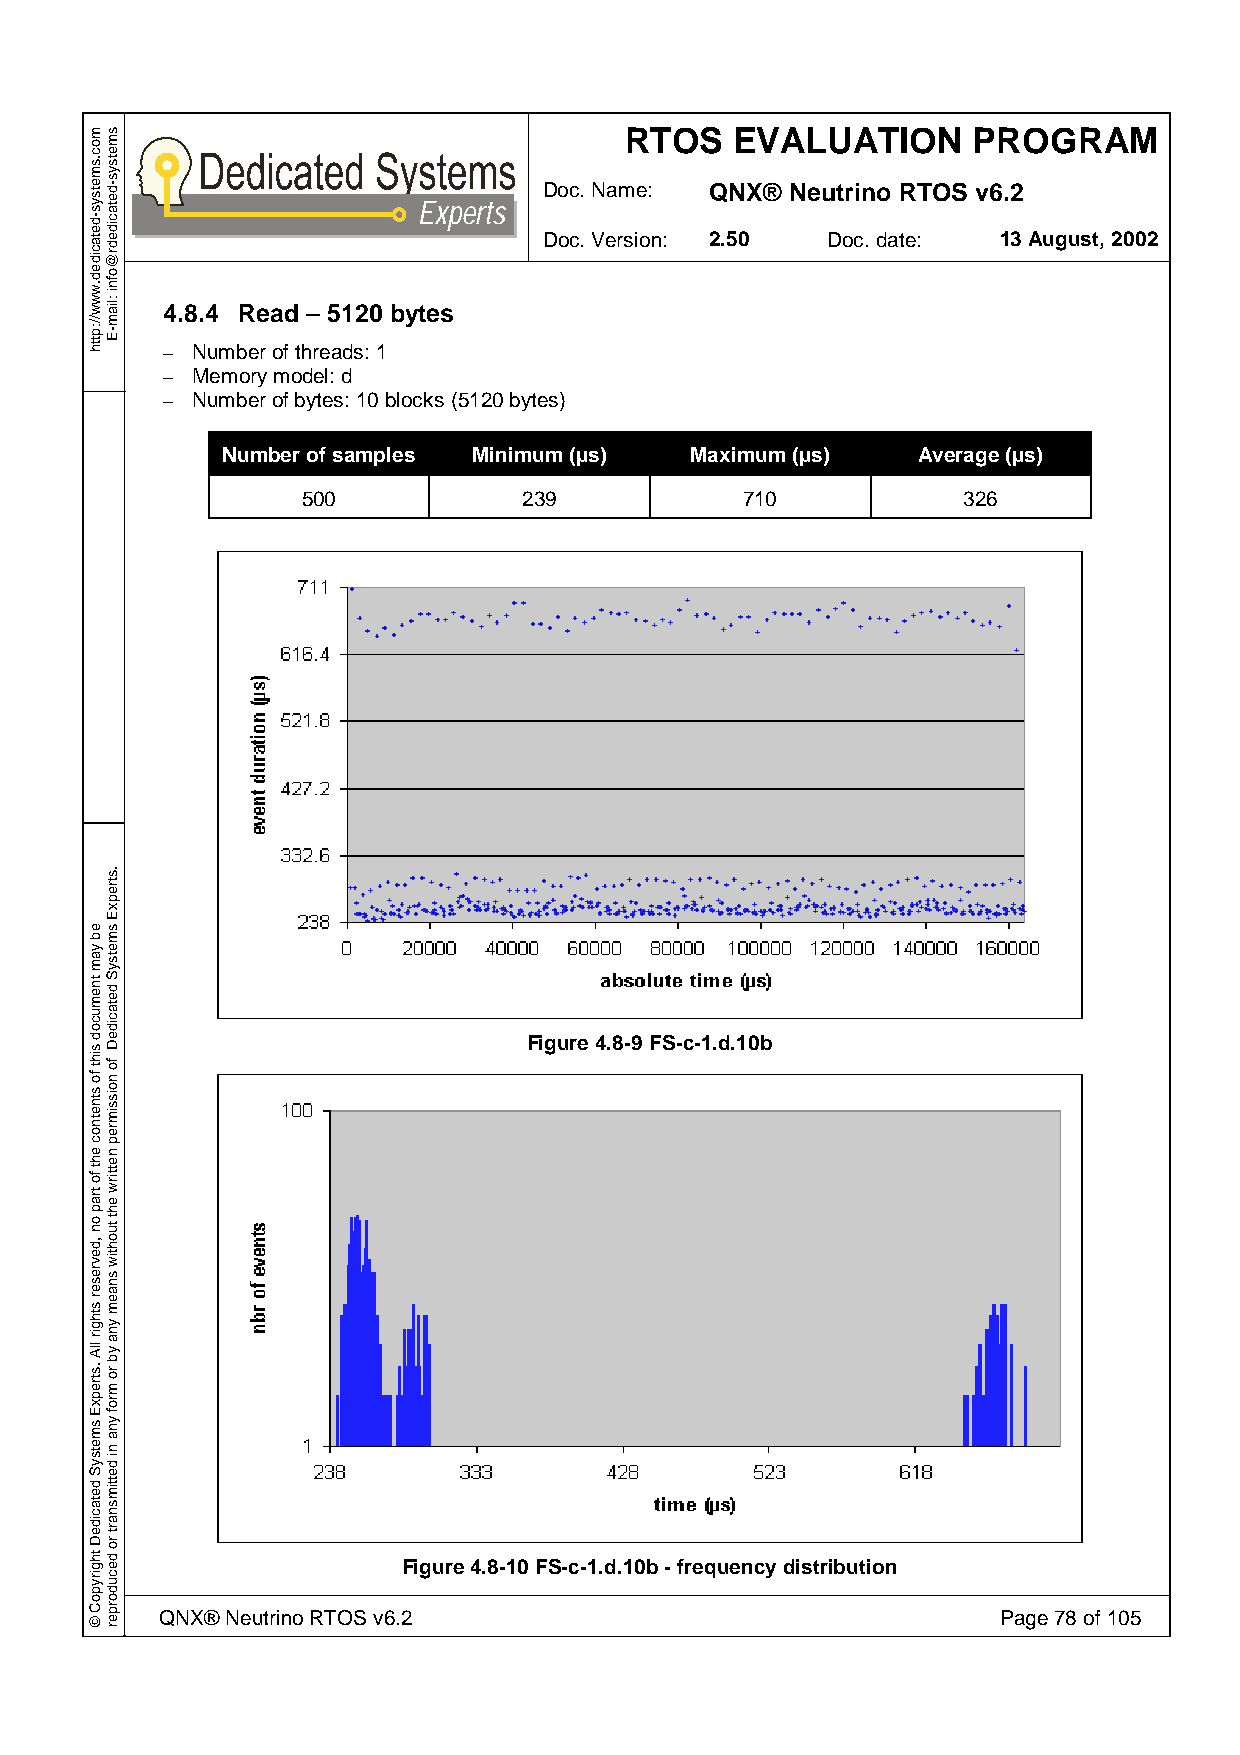
RTOS    EVALUATION     PROGRAM
 Doc. Name: QNX® Neutrino RTOS v6.2
 Experts
 Doc. Version: 2.50 Doc. date: 13 August, 2002
 4.8.4 Read – 5120 bytes
 – Number of threads: 1
 – Memory model: d
 – Number of bytes: 10 blocks (5120 bytes)
 Number of samples Minimum (µs) Maximum (µs)   Average (µs)
 500            239           710            326
 Figure 4.8-9 FS-c-1.d.10b
 Figure 4.8-10 FS-c-1.d.10b - frequency distribution
 QNX® Neutrino RTOS v6.2                                Page 78 of 105
 moc.smetsys-detacided.www//:ptth
 eb
 yam
 tnemucod
 siht
 fo
 stnetnoc
 eht
 fo
 trap
 on
 ,devreser
 sthgir
 llA
 .strepxE
 smetsyS
 detacideD
 thgirypoC
 ©
 smetsys-detacidedr@ofni
 :liam-E
 .strepxE
 smetsyS
 detacideD
 fo
 noissimrep
 nettirw
 eht
 tuohtiw
 snaem
 yna
 yb
 ro
 mrof
 yna
 ni
 dettimsnart
 ro
 decudorper